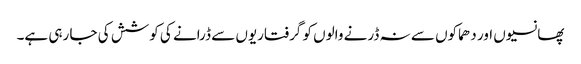
پھانسیوں اور دھماکوں سے نہ ڈرنے والوں کو گرفتاریوں سے ڈرانے کی کوشش کی جا رہی ہے۔